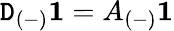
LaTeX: \mathtt{D}_{(-)}\mathbf{{1}}=A_{(-)}\mathbf{{1}}